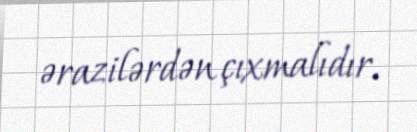
ərazilərdən çıxmalıdır.